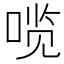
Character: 𰈆